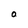
Character: O